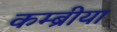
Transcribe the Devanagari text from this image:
कम्ब्रीया